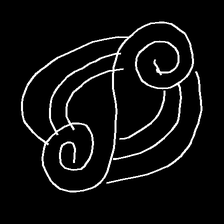
Glyph: wind-underfoot